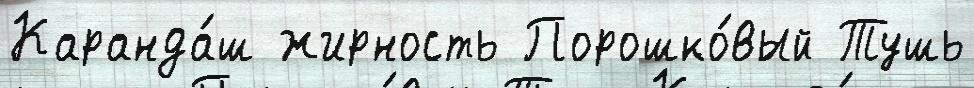
Каранда́ш жирность Порошко́вый Тушь